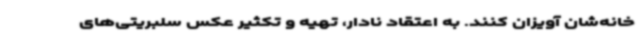
خانه‌شان آویزان کنند. به اعتقاد نادار، تهیه و تکثیر عکس سلبریتی‌های